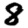
Digit: 8